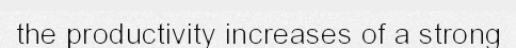
the productivity increases of a strong